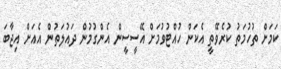
ކަމަށް ތުހުމަތު ކުރެވޭތީ އެކަން ހުއްޓުވުމަށް އޭސީސީން އެންގުމުން ދައުލަތުން އެއަށް އިޖާބަ